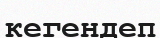
кегендеп